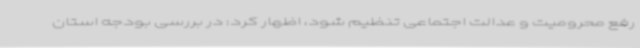
رفع محرومیت و عدالت اجتماعی تنظیم شود، اظهار کرد: در بررسی بودجه استان